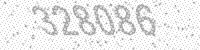
Solution: 328086